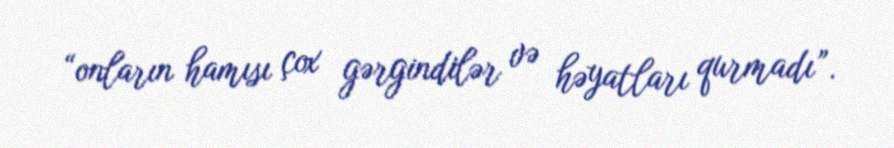
“onların hamısı çox gərgindilər və həyatları qurmadı”.